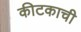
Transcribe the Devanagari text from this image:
कीटकाची